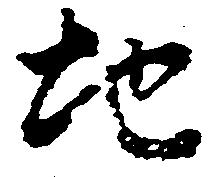
地